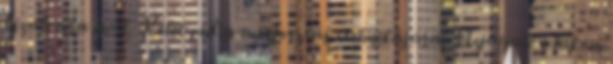
bizalomra épül, Kelet pedig a kifosztás technikájára. Nyugaton lakom